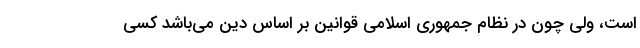
است، ولی چون در نظام جمهوری اسلامی قوانین بر اساس دین می‌باشد کسی